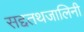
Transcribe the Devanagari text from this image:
सद्दतथजालिनी